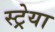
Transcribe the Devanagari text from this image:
स्ट्रेया